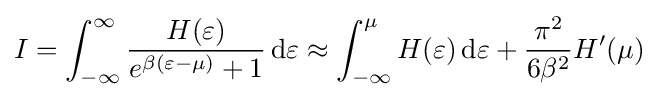
I=\int _{-\infty }^{\infty }{\frac {H(\varepsilon )}{e^{\beta (\varepsilon -\mu )}+1}}\,\mathrm {d} \varepsilon \approx \int _{-\infty }^{\mu }H(\varepsilon )\,\mathrm {d} \varepsilon +{\frac {\pi ^{2}}{6\beta ^{2}}}H'(\mu )